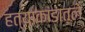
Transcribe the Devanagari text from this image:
हत्याकांडातले